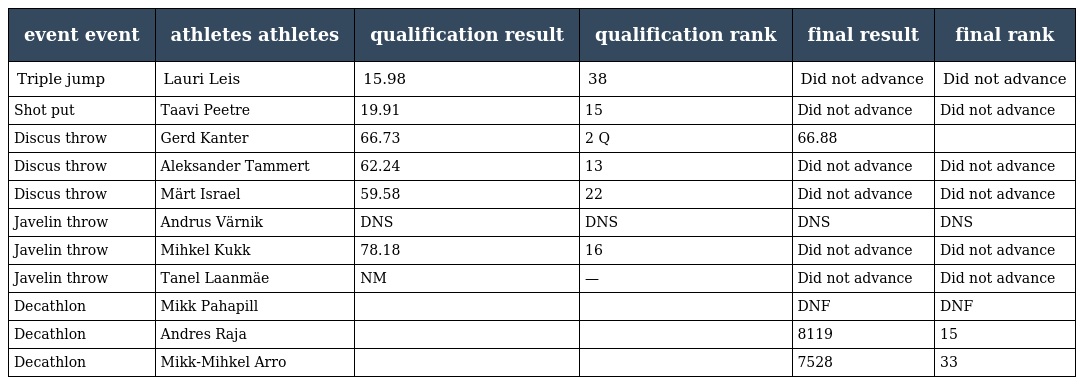
| event event | athletes athletes | qualification result | qualification rank | final result | final rank |
 | --- | --- | --- | --- | --- | --- |
 | Triple jump | Lauri Leis | 15.98 | 38 | Did not advance | Did not advance |
 | Shot put | Taavi Peetre | 19.91 | 15 | Did not advance | Did not advance |
 | Discus throw | Gerd Kanter | 66.73 | 2 Q | 66.88 |  |
 | Discus throw | Aleksander Tammert | 62.24 | 13 | Did not advance | Did not advance |
 | Discus throw | Märt Israel | 59.58 | 22 | Did not advance | Did not advance |
 | Javelin throw | Andrus Värnik | DNS | DNS | DNS | DNS |
 | Javelin throw | Mihkel Kukk | 78.18 | 16 | Did not advance | Did not advance |
 | Javelin throw | Tanel Laanmäe | NM | — | Did not advance | Did not advance |
 | Decathlon | Mikk Pahapill |  |  | DNF | DNF |
 | Decathlon | Andres Raja |  |  | 8119 | 15 |
 | Decathlon | Mikk-Mihkel Arro |  |  | 7528 | 33 |